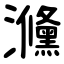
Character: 㶖